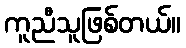
ကူညီသူဖြစ်တယ်။